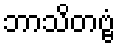
ဘာသိတဗ္ဗံ